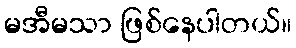
မအီမသာ ဖြစ်နေပါတယ်။